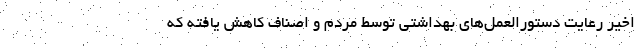
اخیر رعایت دستورالعمل‌های بهداشتی توسط مردم و اصناف کاهش یافته که